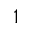
^ { 1 }